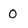
Character: 0